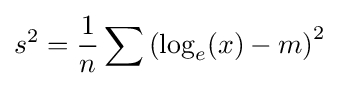
s^{2}={\frac {1}{n}}\sum \left(\log _{e}(x)-m\right)^{2}